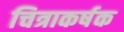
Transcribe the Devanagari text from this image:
चित्राकर्षक